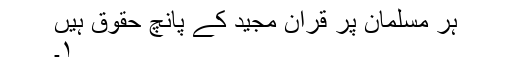
ہر مسلمان پر قران مجید کے پانچ حقوق ہیں
۱۔